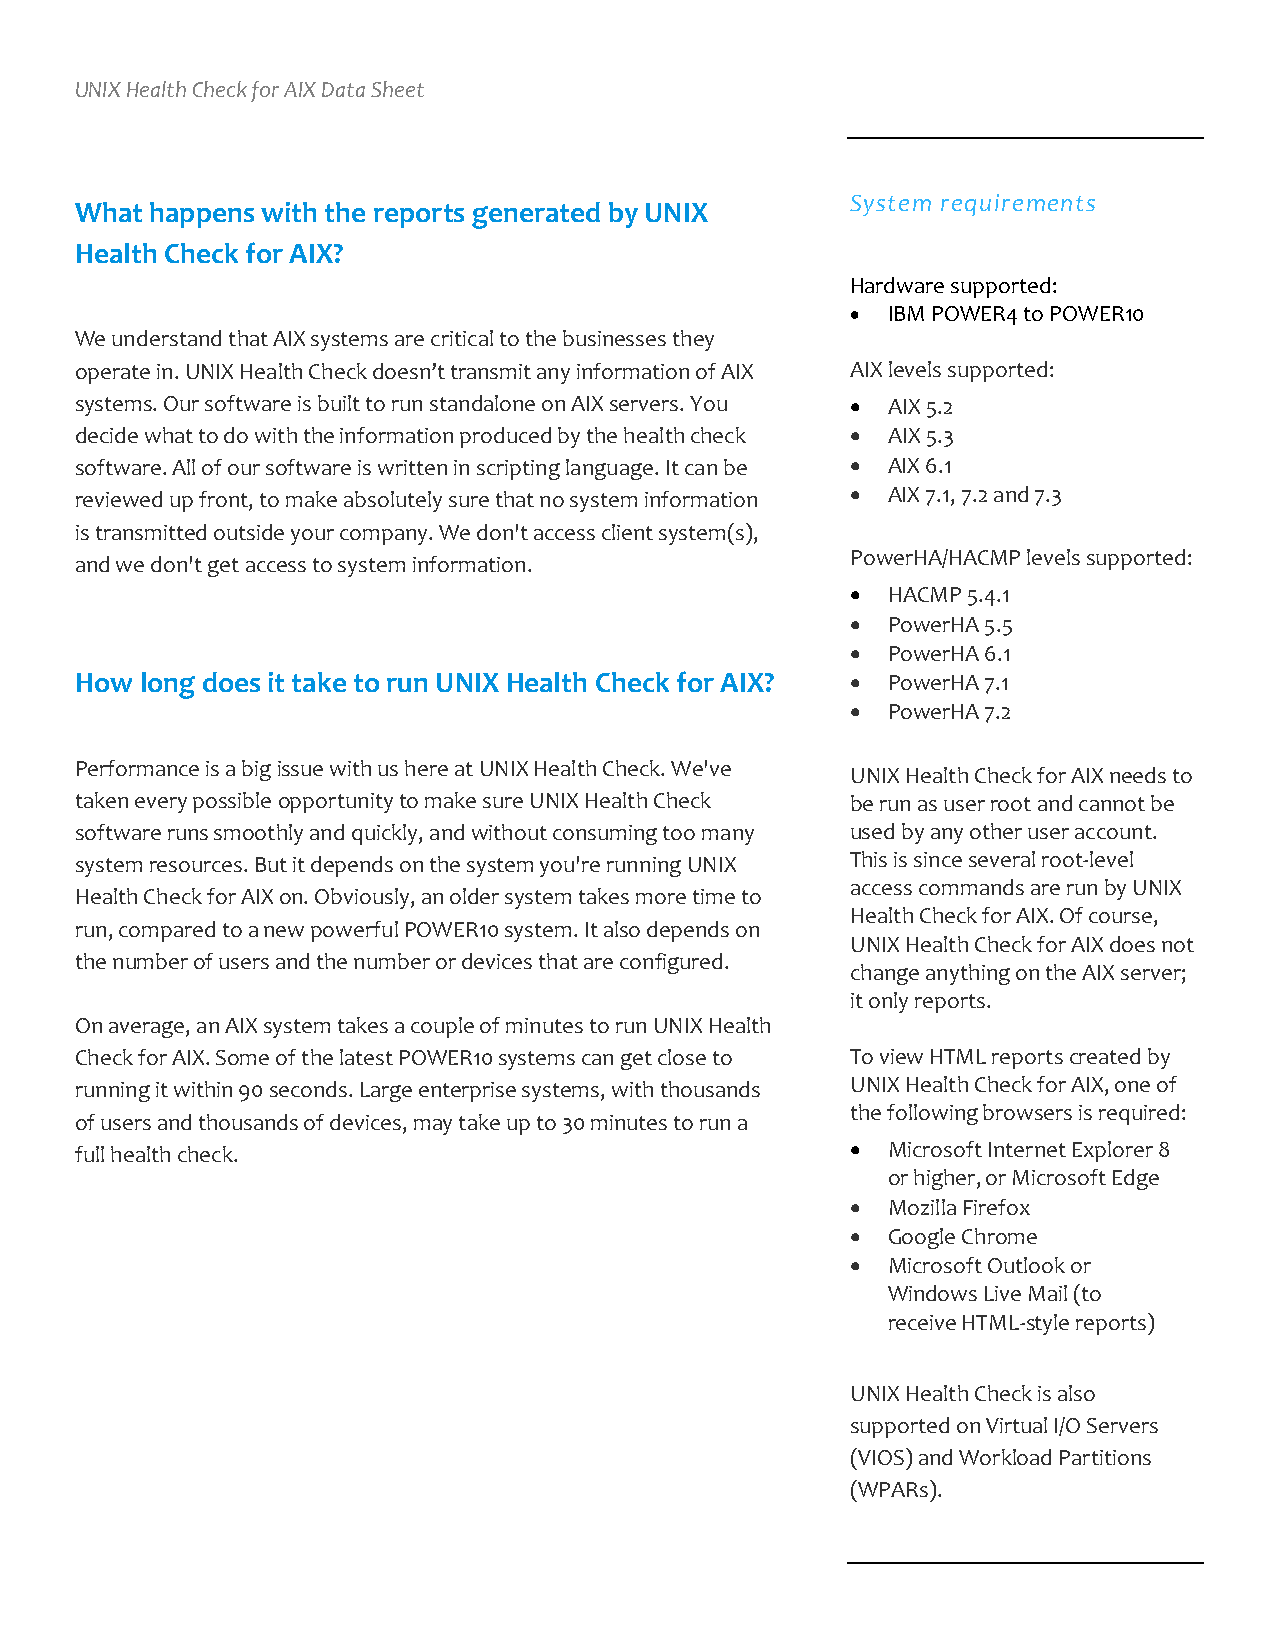
UNIX Health Check for AIX Data Sheet
 System requirements
 What happens with the reports generated by UNIX
 Health Check for AIX?
 Hardware supported:
 •  IBM POWER4 to POWER10
 We understand that AIX systems are critical to the businesses they
 operate in. UNIX Health Check doesn’t transmit any information of AIX AIX levels supported:
 systems. Our software is built to run standalone on AIX servers. You • AIX 5.2
 decide what to do with the information produced by the health check • AIX 5.3
 software. All of our software is written in scripting language. It can be • AIX 6.1
 reviewed up front, to make absolutely sure that no system information • AIX 7.1, 7.2 and 7.3
 is transmitted outside your company. We don't access client system(s),
 and we don't get access to system information.     PowerHA/HACMP levels supported:
 •  HACMP 5.4.1
 •  PowerHA 5.5
 •  PowerHA 6.1
 How long does it take to run UNIX Health Check for AIX? • PowerHA 7.1
 •  PowerHA 7.2
 Performance is a big issue with us here at UNIX Health Check. We've
 UNIX Health Check for AIX needs to
 taken every possible opportunity to make sure UNIX Health Check be run as user root and cannot be
 software runs smoothly and quickly, and without consuming too many used by any other user account.
 system resources. But it depends on the system you're running UNIX This is since several root-level
 access commands are run by UNIX
 Health Check for AIX on. Obviously, an older system takes more time to
 Health Check for AIX. Of course,
 run, compared to a new powerful POWER10 system. It also depends on
 UNIX Health Check for AIX does not
 the number of users and the number or devices that are configured.
 change anything on the AIX server;
 it only reports.
 On average, an AIX system takes a couple of minutes to run UNIX Health
 Check for AIX. Some of the latest POWER10 systems can get close to To view HTML reports created by
 running it within 90 seconds. Large enterprise systems, with thousands UNIX Health Check for AIX, one of
 the following browsers is required:
 of users and thousands of devices, may take up to 30 minutes to run a
 full health check.                                 •  Microsoft Internet Explorer 8
 or higher, or Microsoft Edge
 •  Mozilla Firefox
 •  Google Chrome
 •  Microsoft Outlook or
 Windows Live Mail (to
 receive HTML-style reports)
 UNIX Health Check is also
 supported on Virtual I/O Servers
 (VIOS) and Workload Partitions
 (WPARs).